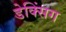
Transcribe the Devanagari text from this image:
डेक्सिंग